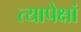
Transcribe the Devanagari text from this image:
त्यापेक्षां